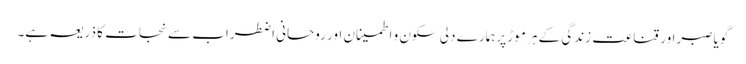
گویاصبراور قناعت زندگی کے ہر موڑ پرہمارے دلی سکون و اطمینان اور روحانی اضطراب سے نجات کا ذریعہ ہے۔